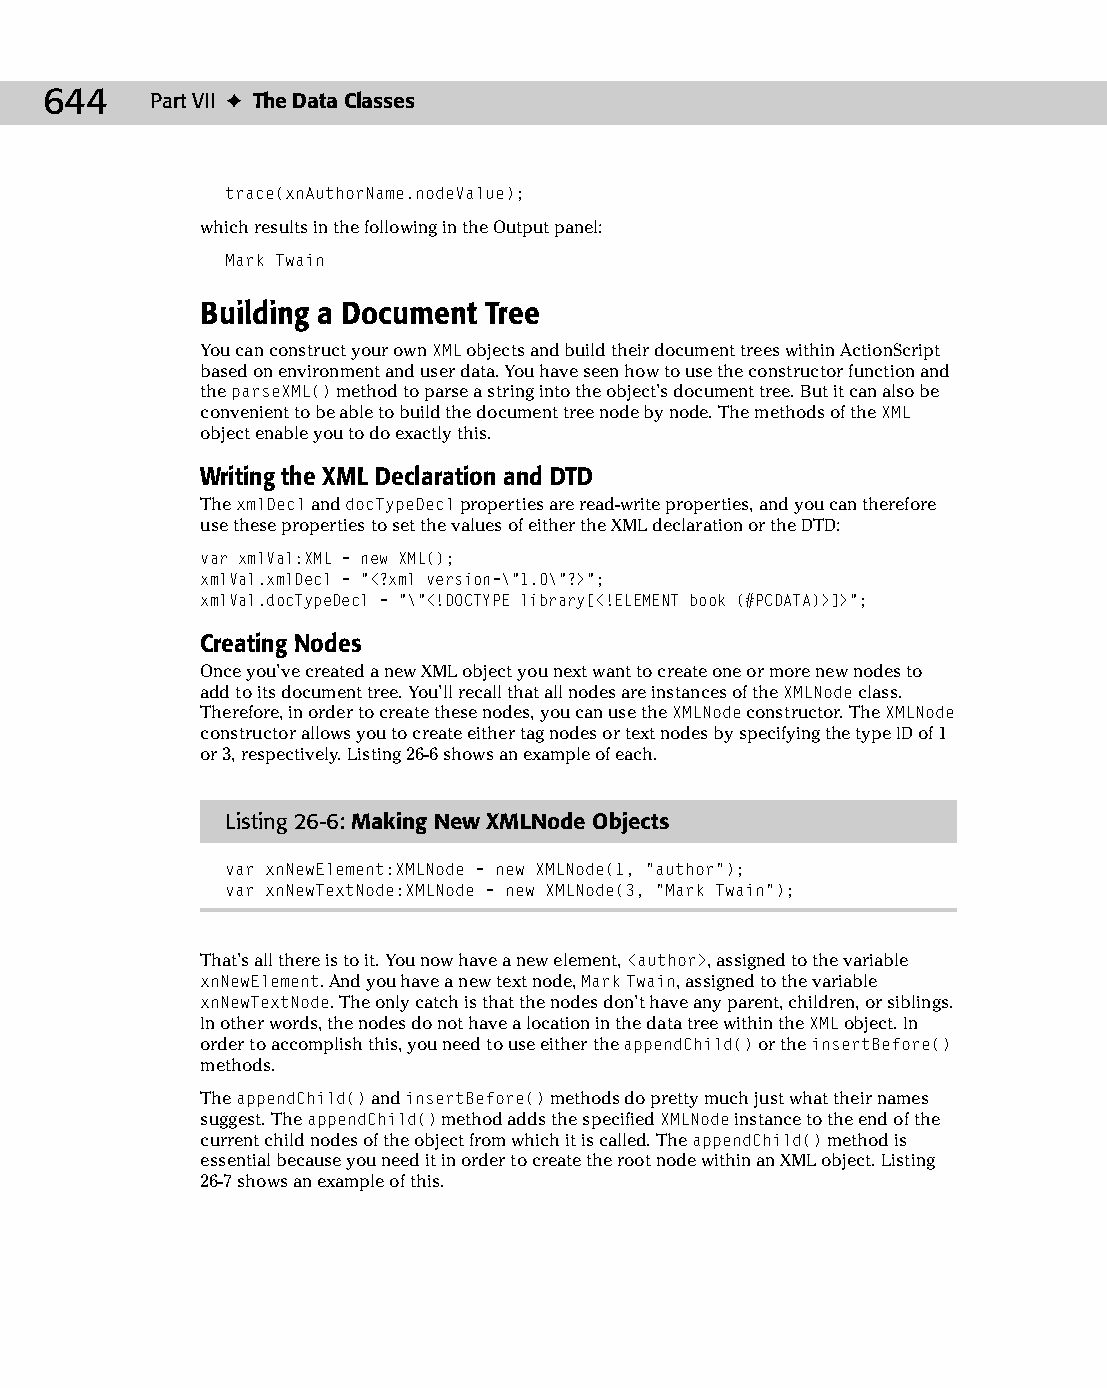
34 543547 ch26.qxd 3/24/04 4:08 PM Page 644
 644    Part VII ✦ The Data Classes
 trace(xnAuthorName.nodeValue);
 which results in the following in the Output panel:
 Mark Twain
 Building a Document Tree
 You can construct your own XML objects and build their document trees within ActionScript
 based on environment and user data. You have seen how to use the constructor function and
 the parseXML() method to parse a string into the object’s document tree. But it can also be
 convenient to be able to build the document tree node by node. The methods of the XML
 object enable you to do exactly this.
 Writing the XML Declaration and DTD
 The xmlDecl and docTypeDecl properties are read-write properties, and you can therefore
 use these properties to set the values of either the XML declaration or the DTD:
 var xmlVal:XML = new XML();
 xmlVal.xmlDecl = “<?xml version=\”1.0\”?>”;
 xmlVal.docTypeDecl = “\”<!DOCTYPE library[<!ELEMENT book (#PCDATA)>]>”;
 Creating Nodes
 Once you’ve created a new XML object you next want to create one or more new nodes to
 add to its document tree. You’ll recall that all nodes are instances of the XMLNode class.
 Therefore, in order to create these nodes, you can use the XMLNode constructor. The XMLNode
 constructor allows you to create either tag nodes or text nodes by specifying the type ID of 1
 or 3, respectively. Listing 26-6 shows an example of each.
 Listing 26-6: Making New XMLNode Objects
 var xnNewElement:XMLNode = new XMLNode(1, “author”);
 var xnNewTextNode:XMLNode = new XMLNode(3, “Mark Twain”);
 That’s all there is to it. You now have a new element, <author>, assigned to the variable
 xnNewElement. And you have a new text node, Mark Twain, assigned to the variable
 xnNewTextNode. The only catch is that the nodes don’t have any parent, children, or siblings.
 In other words, the nodes do not have a location in the data tree within the XML object. In
 order to accomplish this, you need to use either the appendChild() or the insertBefore()
 methods.
 The appendChild() and insertBefore() methods do pretty much just what their names
 suggest. The appendChild() method adds the specified XMLNode instance to the end of the
 current child nodes of the object from which it is called. The appendChild() method is
 essential because you need it in order to create the root node within an XML object. Listing
 26-7 shows an example of this.